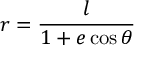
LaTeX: r = { \frac { l } { 1 + e \cos \theta } } \,